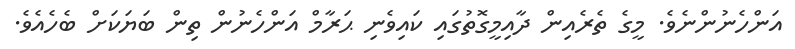
އަންހެނުންނެވެ. މީގެ ތެރެއިން ދާއިމީގޮތުގައި ކައިވެނި ޙަރާމް އަންހެނުން ތިން ބަޔަކަށް ބެހެއެވެ.